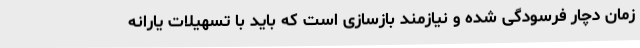
زمان دچار فرسودگی شده و نیازمند بازسازی است که باید با تسهیلات یارانه